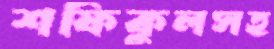
শফিকুলসহ